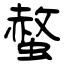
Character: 螫